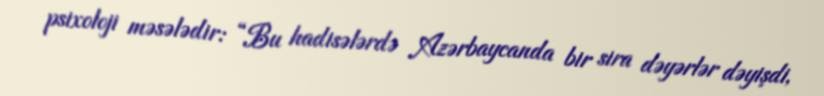
psixoloji məsələdir: “Bu hadisələrdə Azərbaycanda bir sira dəyərlər dəyişdi,